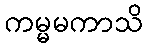
ကမ္မမကာသိ